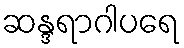
ဆန္ဒရာဂါပရေ